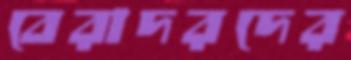
বেরাদরদের